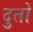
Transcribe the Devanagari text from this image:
दुतो